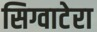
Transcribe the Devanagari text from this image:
सिग्वाटेरा